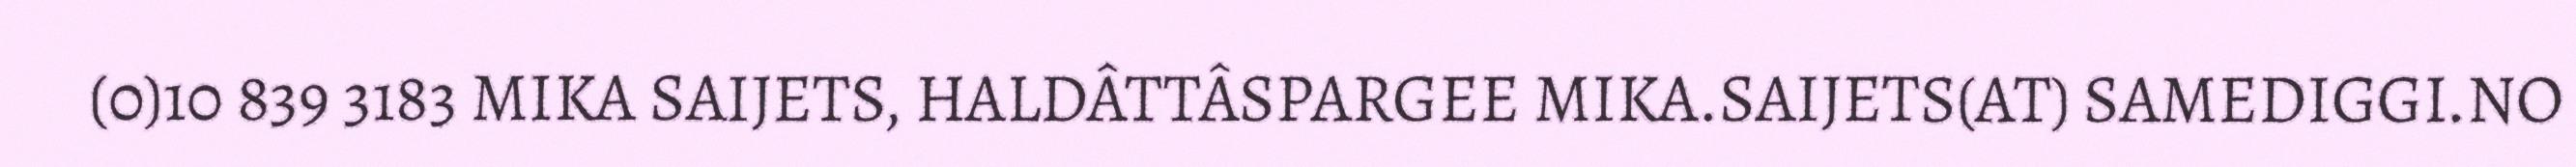
(0)10 839 3183 MIKA SAIJETS, HALDÂTTÂSPARGEE MIKA.SAIJETS(AT) SAMEDIGGI.NO